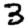
Digit: 3